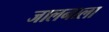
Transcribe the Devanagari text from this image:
जालनाला